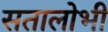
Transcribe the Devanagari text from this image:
सतालोभी